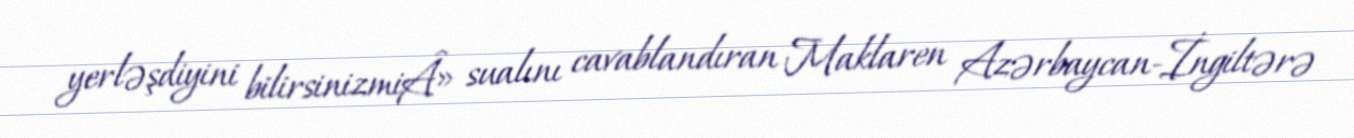
yerləşdiyini bilirsinizmiÂ» sualını cavablandıran Maklaren Azərbaycan-İngiltərə